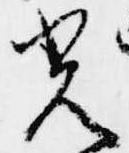
光